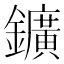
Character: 鑛